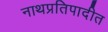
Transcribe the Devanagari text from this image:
नाथप्रतिपादीत